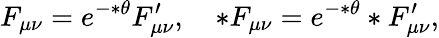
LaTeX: F_{\mu\nu}=e^{-*\theta}F_{\mu\nu}^{\prime},\quad*F_{\mu\nu}=e^{-*\theta}*F_{\mu\nu}^{\prime},